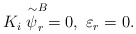
\begin{align*}K_i \stackrel{\sim}{\psi}_r^B = 0 ,~\varepsilon_r = 0 .\end{align*}